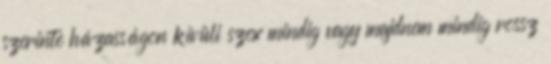
szerinte házasságon kívüli szex mindig vagy majdnem mindig rossz